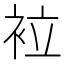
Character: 𧙀